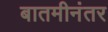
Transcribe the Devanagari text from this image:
बातमीनंतर